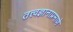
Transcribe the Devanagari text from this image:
तत्त्वज्ञानाप्रमाणे